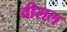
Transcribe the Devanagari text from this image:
वीसल